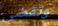
وتقضي